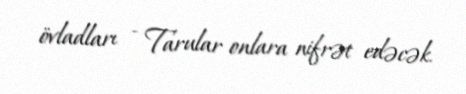
övladları - Tarular onlara nifrət edəcək.